Cholera in India, 1862 to 1881
Year: 1862
Disease focus: Cholera
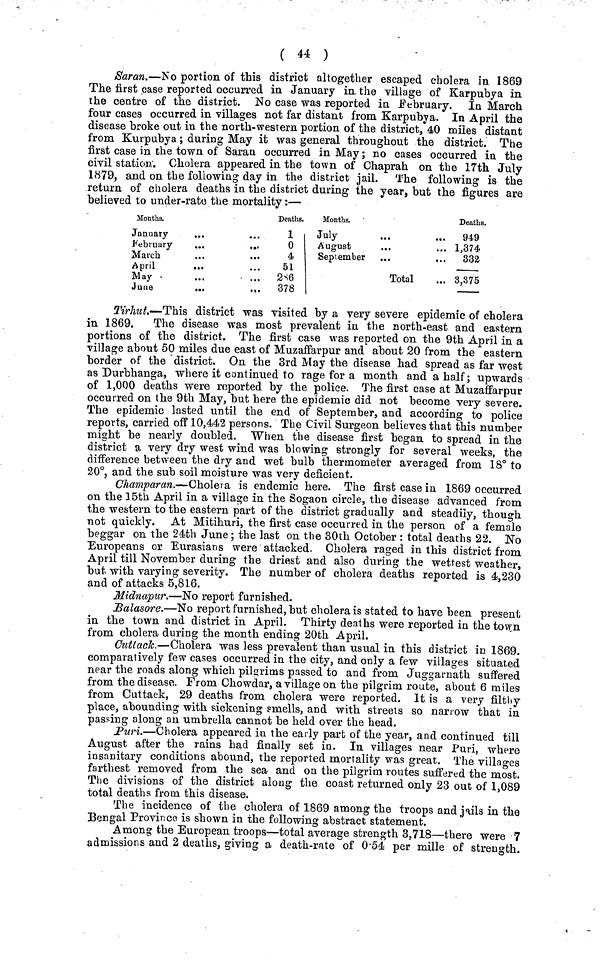
( 44 )
Saran.—No portion of this district altogether escaped cholera in 1869
The first case reported occurred in January in the village of Karpubya in
the centre of the district. No case was reported in .February. In March
four cases occurred in villages not far distant from Karpubya. In April the
disease broke out in the north-western portion of the district, 40 miles distant
from Kurpubya; during May it was general throughout the district. The
first case in the town of Saran occurred in May; no cases occurred in the
civil station. Cholera appeared in the town of Chaprah on the 17th July
1879, and on the following day in the district jail. The following is the
return of cholera deaths in the district during the year, but the figures are
believed to under-rate the mortality:—
Months.
January
February
March
April
May
June
Deaths.
1
0
4
51
2S6
378
Months.
July
August
September ...
...
Total
Deaths.
949
1,374.
332
8,375
Tirhut.—This district was visited by a very severe epidemic of cholera
in 1869.
The disease was most prevalent in the north-east and eastern
portions of the district. The first case was reported on the 9th April in a
village about 50 miles due east of Muzaffarpur and about 20 from the eastern
border of the district. On the 3rd May the disease had spread as far west
as Durbhanga, where it continued to rage for a month and a half; upwards
of 1,000 deaths were reported by the police. The first case at Muzaffarpur
occurred on the 9th May, but here the epidemic did not become very severe.
The epidemic lasted until the end of September, and according to police
reports, carried off 10,442 persons. The Civil Surgeon believes that this number
might be nearly doubled. When the disease first began to spread in the
district a very dry west wind was blowing strongly for several weeks, the
difference between the dry and wet bulb thermometer averaged from 18° to
20°, and the sub soil moisture was very deficient.
Champaran.—Cholera is endemic here. The first case in 1869 occurred
on the 15th April in a village in the Sogaon circle, the disease advanced from
the western to the eastern part of the district gradually and steadily, though
not quickly. At Mitihuri, the first case occurred in the person of a female
beggar on the 24th June; the last on the 30th October : total deaths 22. No
Europeans or Eurasians were attacked. Cholera raged in this district from
April till November during the driest and also during the wettest weather,
but with varying severity. The number of cholera deaths reported is 4,230
and of attacks 5,816.
Midnapur.—No report furnished.
Balasore.—No report furnished, but cholera is stated to have been present
in the town and district in April. Thirty deaths were reported in the town
from cholera during the month ending 20th April.
Cuttack.—Cholera was less prevalent than usual in this district in 1869.
comparatively few cases occurred in the city, and only a few villages situated
near the roads along which pilgrims passed to and from Juggarnath suffered
from the disease. From Chowdar, a village on the pilgrim route, about 6 miles
from Cuttack, 29 deaths from cholera were reported. It is a very filthy
place, abounding with sickening smells, and with streets so narrow that in
passing along an umbrella cannot be held over the head.
Puri—Cholera appeared in the early part of the year, and continued till
August after the rains had finally set in. In villages near Puri, where
insanitary conditions abound, the reported mortality was great. The villages
farthest removed from the sea and on the pilgrim routes suffered the most.
The divisions of the district along the coast returned only 23 out of 1,089
total deaths from this disease.
The incidence of the cholera of 1869 among the troops and jails in the
Bengal Province is shown in the following abstract statement.
Among the European troops—total average strength 3,718—there were 7
admissions and 2 deaths, giving a death-rate of 0·54 per mille of strength.